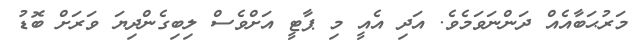
މަރުޙަބާއެއް ދަންނަވަމެވެ. އަދި އެއީ މި ޕާޓީ އަށްވެސް ލިބިގެންދިޔަ ވަރަށް ބޮޑު